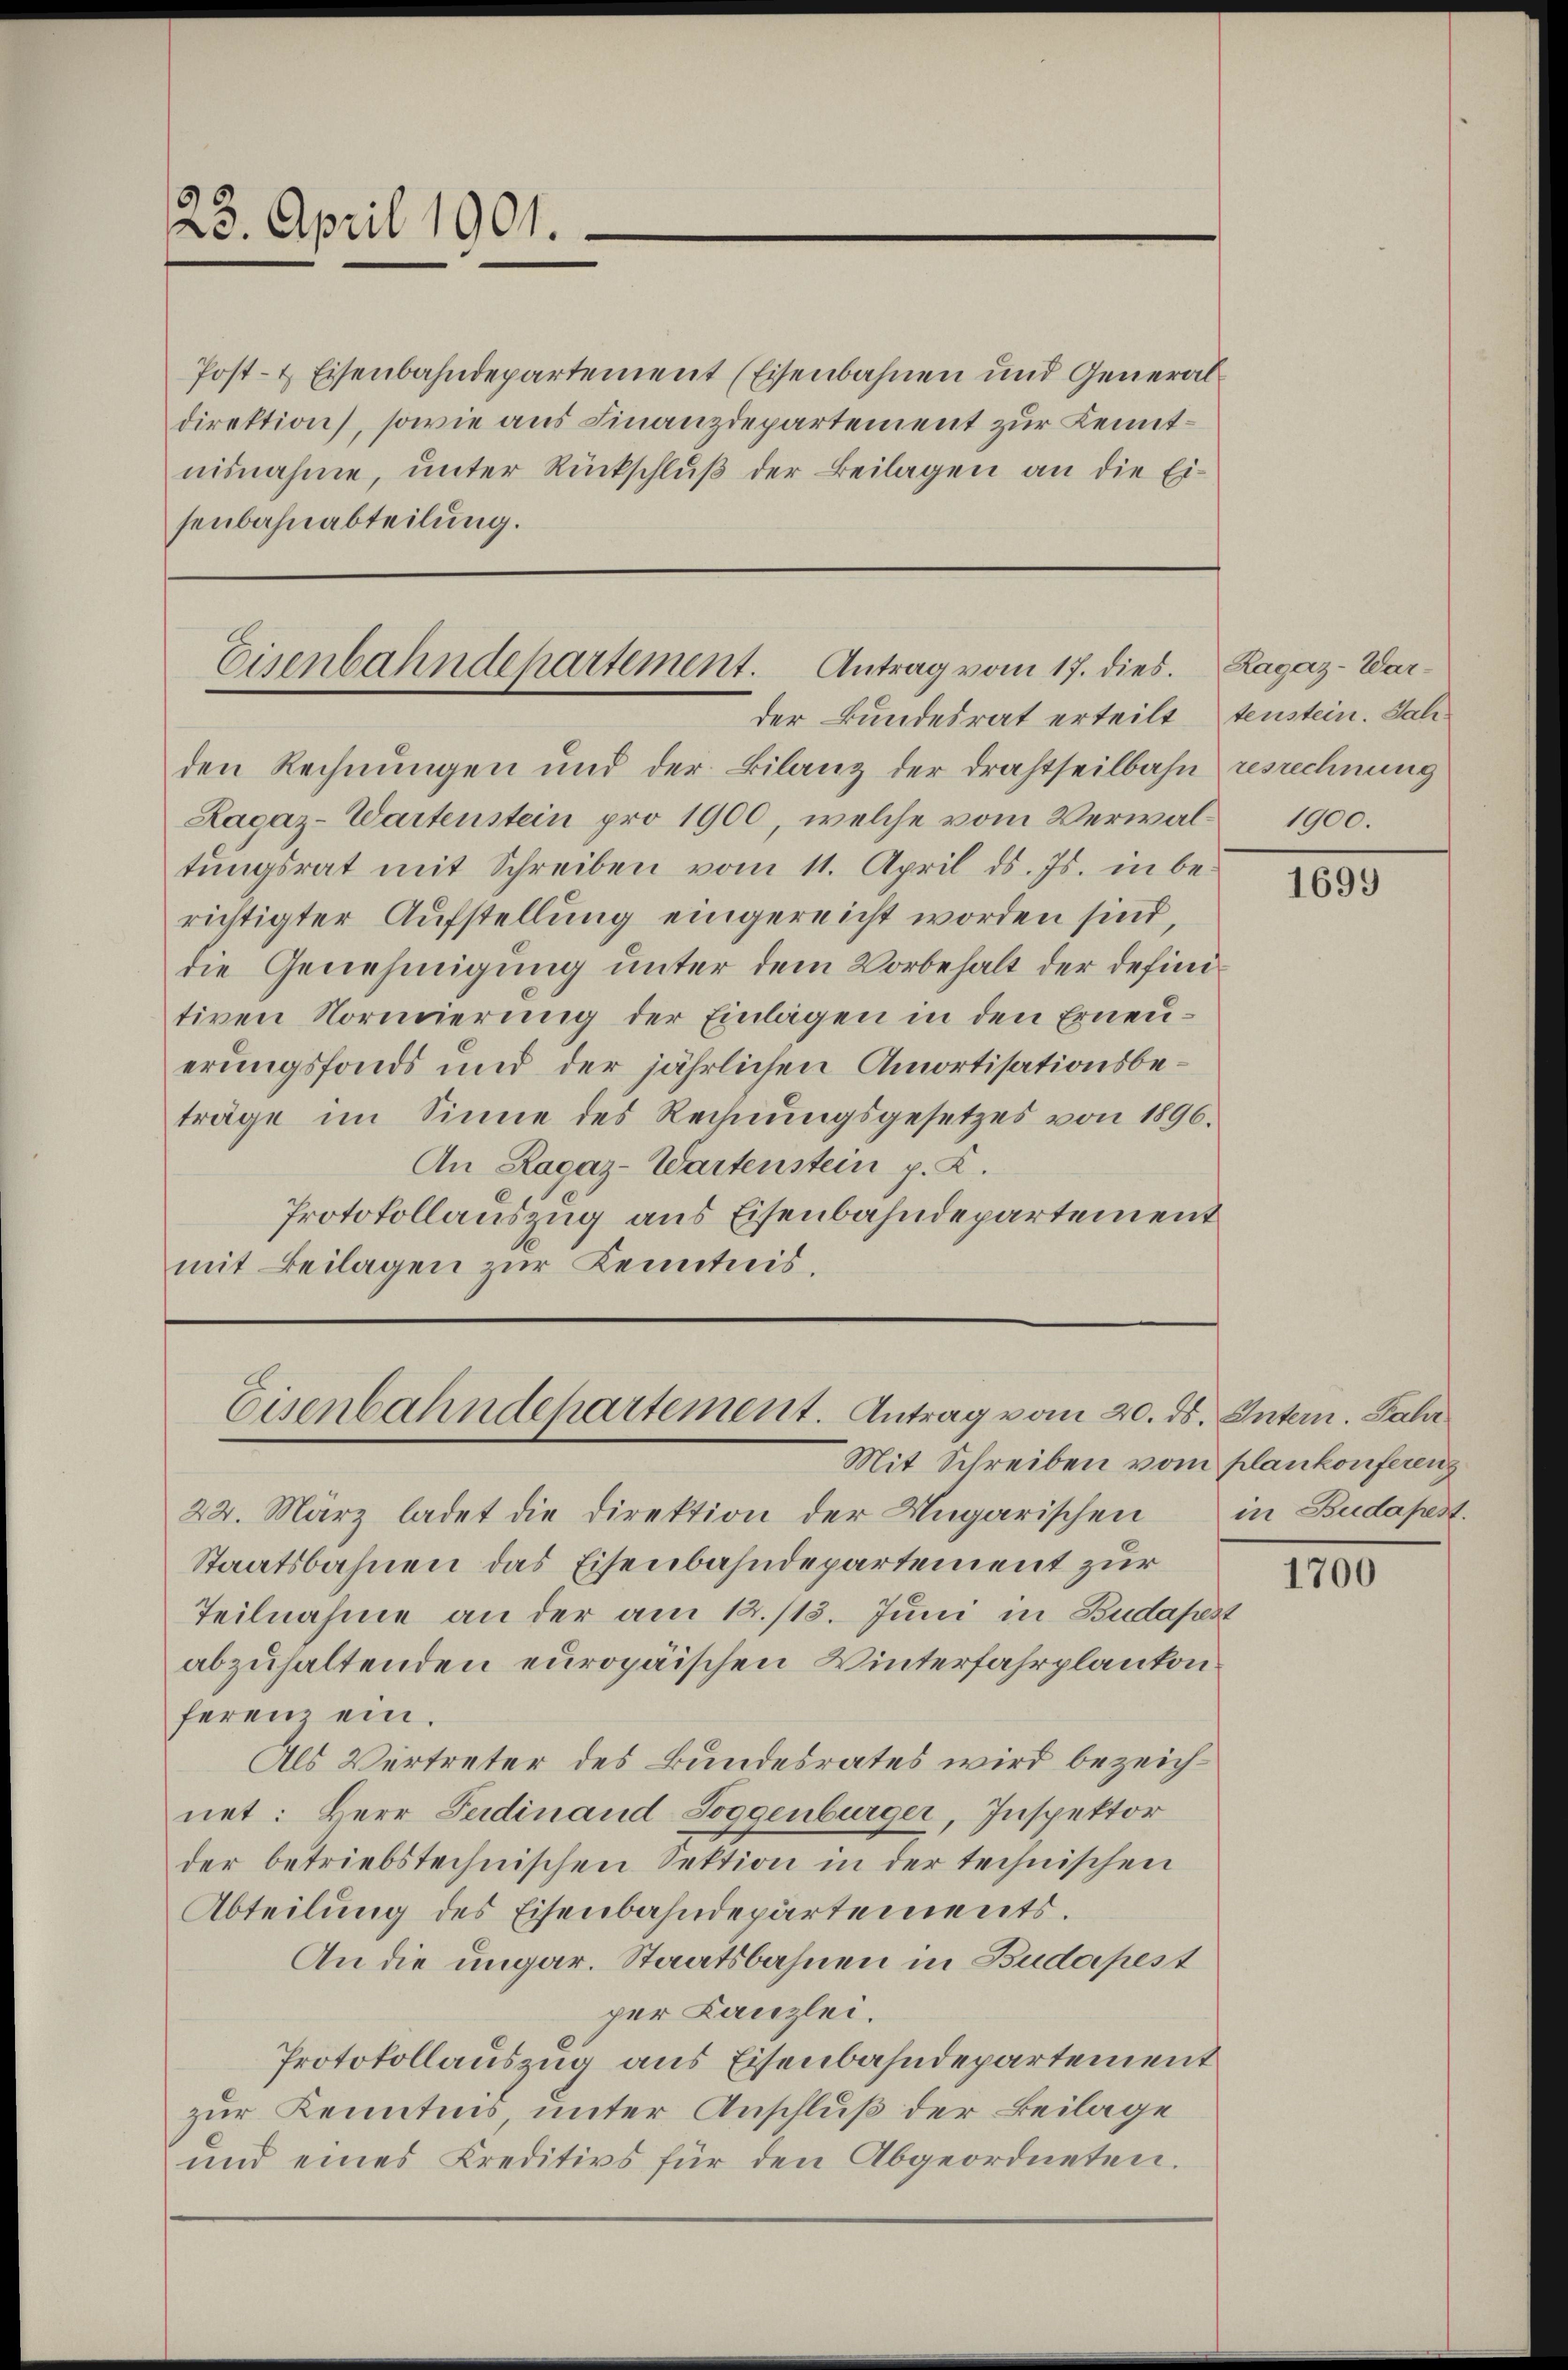
23. April 1901.

Post- & Eisenbahndepartement (Eisenbahnen und Generaldirektion), sowie aus Finanzdepartement zur Kenntnisnahme, unter Rückschluß der Beilagen an die Eisenbahnabteilung.

Eisenbahndepartement. Antrag vom 17. dies
der Bundesrat erteilt, teustein. Jah¬

den Rechnungen und der Bilanz der Drahtheilbahn resrechnung
Zagaz-Wartenstein pro 1900, welche vom Verwal- 1900.
tŭngsrat mit Schreiben vom 11. April d. Js. in be-
richtigter Aufstellung eingereicht worden sind,
die Genehmigung unter dem Vorbehalt der definitiven Normierung der Einlagen in den Erneuerungsfonds und der jährlichen Amortisationsbeträge im Sinne des Rechnungsgesetzes von 1896.
An Ragaz-Wartenstein p. C.
Protokollauszug aus Eisenbahndepartement
A
mit Beilagen zur Kenntnis.

Eisenbahndepartement. Antrag vom 20. ds. Intern. Jahr

Ragaz-War-

Mit Schreiben vom plankonferen
22. März ladet die Direktion der Ungarischen
Staatsbahnen das Eisenbahndepartement zur
Teilnahme an der am 12./13. Juni in Budapest
abzuhaltenden europäischen Winterfahrplankonferenz ein.
Als Vertreter des Bundesrates wird bezeichnet: Herr Ferdinand Toggenburger, Inspektor
der betriebstechnischen Sektion in der technischen
Abteilung des Eisenbahndepartements.
An die ungar. Staatsbahnen in Budapest
per Kanzlei.
Protokollauszug aus Eisenbahndepartement
zur Kenntnis, unter Anschluß der Beilage
und eines Kreditivs für den Abgeordneten.

1699

in Budapest.

1700